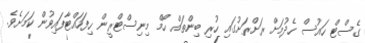
ގެސްޓް ހައުސް ހެދުމަށް ރަށްރަށުގައި ހުރި ބިންތައް ހޯމް މިނިސްޓްރީން ހިފަހައްޓާފައިވުން ކަމަށެވެ.